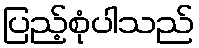
ပြည့်စုံပါသည်